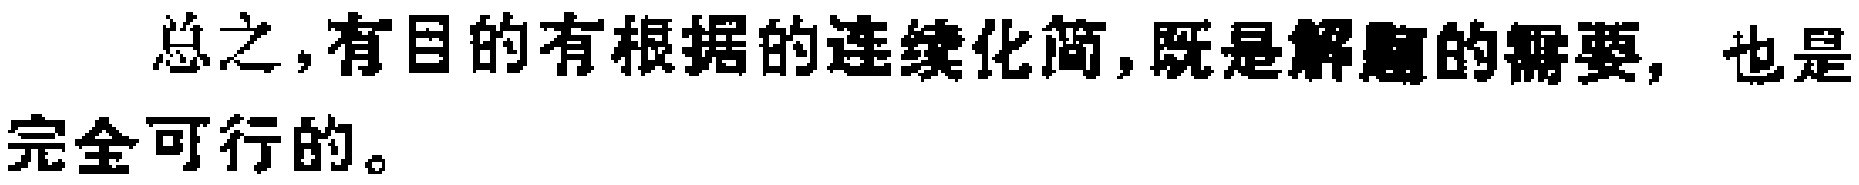
总之,有目的有根据的连续化简,既是解题的需要, 也是完全可行的。